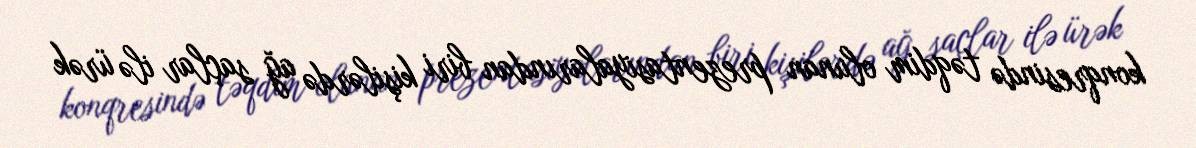
konqresində təqdim olunan prezentasiyalarından biri kişilərdə ağ saçlar ilə ürək